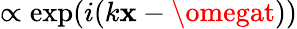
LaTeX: \propto\exp(i(k\mathbf{x}-\omegat))